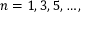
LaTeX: n = 1 , 3 , 5 , \ldots ,